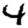
Digit: 4